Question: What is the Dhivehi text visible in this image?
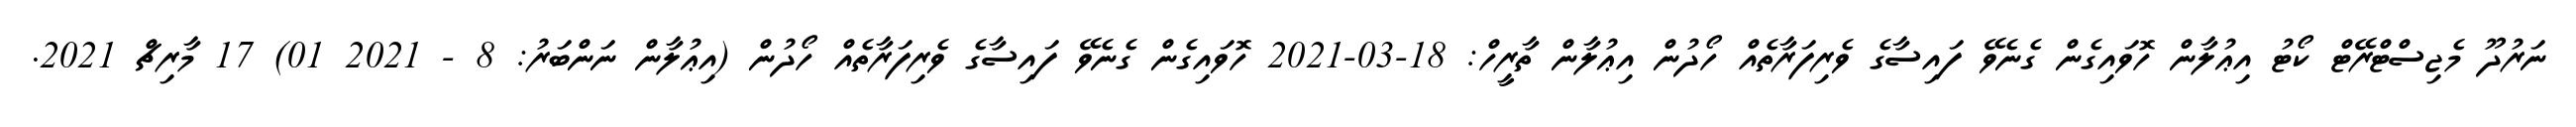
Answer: ނަރުދޫ މެޖިސްޓްރޭޓް ކޯޓު އިޢުލާން ހޮވައިގެން ގެނެވޭ ފައިސާގެ ވެރިފަރާތެއް ހޯދުން އިޢުލާން ތާރީހް: 18-03-2021 ހޮވައިގެން ގެނެވޭ ފައިސާގެ ވެރިފަރާތެއް ހޯދުން (އިޢުލާން ނަންބަރު: 8 - 2021 01) 17 މާރިޗް 2021.